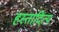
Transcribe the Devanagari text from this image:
हस्तादित्य